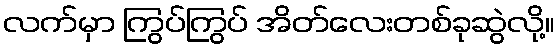
လက်မှာ ကြွပ်ကြွပ် အိတ်လေးတစ်ခုဆွဲလို့။